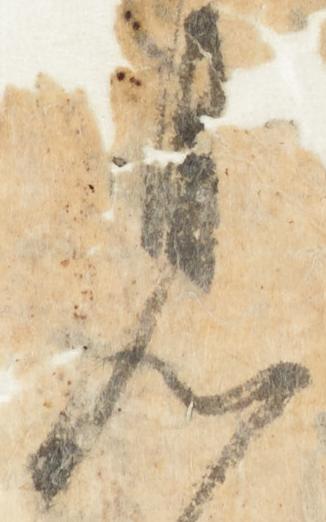
見